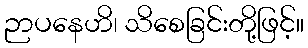
ဉာပနေဟိ၊ သိစေခြင်းတို့ဖြင့်။